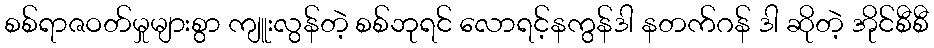
စစ်ရာဇဝတ်မှုများစွာ ကျူးလွန်တဲ့ စစ်ဘုရင် လောရင့်နကွန်ဒါ နတက်ဂန် ဒါ ဆိုတဲ့ အိုင်စီစီ